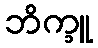
ဘိက္ခူ